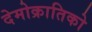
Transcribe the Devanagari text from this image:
देमोक्रातिको